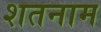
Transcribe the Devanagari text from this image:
शतनाम